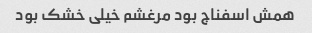
همش اسفناج بود مرغشم خیلی خشک بود